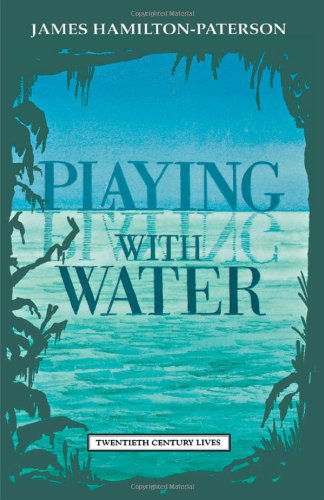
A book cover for Playing with Water: Passion and Solitude on a Philippine Island (Twentieth Century Lives); James Hamilton-Paterson; Travel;